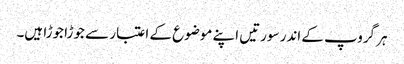
ہر گروپ کے اندر سورتیں اپنے موضوع کے اعتبار سے جوڑا جوڑا ہیں۔